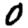
Digit: 0